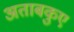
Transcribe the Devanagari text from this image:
अताबकुए